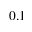
0 . 1